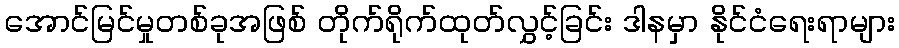
အောင်မြင်မှုတစ်ခုအဖြစ် တိုက်ရိုက်ထုတ်လွှင့်ခြင်း ဒါနမှာ နိုင်ငံရေးရာများ